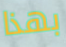
بهذا